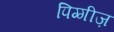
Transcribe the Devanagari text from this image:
पिग्गीज़